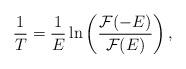
LaTeX: \begin{align*}\frac{1}{T} = \frac{1}{E} \ln \left(\frac{\mathcal{F}(-E)}{\mathcal{F}(E)} \right),\end{align*}